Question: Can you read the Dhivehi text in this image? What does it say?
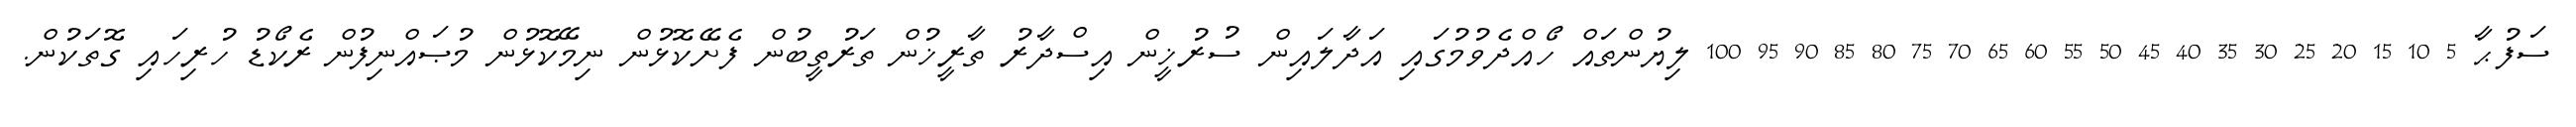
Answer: ސަފުޙާ 5 10 15 20 25 30 35 40 45 50 55 60 65 70 75 80 85 90 95 100 ލިޔުންތައް ހޯއްދެވުމުގައި އަދާލައިން ސުރުޚީން އިސްދާރު ތާރީޚުން ތަރުތީބުން ފެށޭކޮޅުން ނިމޭކޮޅުން މުޞައްނިފުން ރެކޯޑު ހުރިހައި ގޮތަކުން.